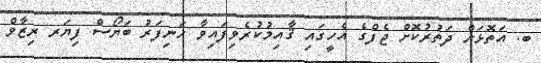
ބ. އަތޮޅަށް ދަތުރުކޮށް ޖެފްގެ އެހީގައި ޤާއިމުކުރެވިފައިވާ ހަނިފަރު ބަޔޯސް ފިޔަރ ރިޒާވް